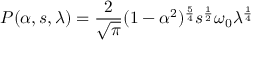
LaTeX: P ( \alpha , s , \lambda ) = \frac { 2 } { \sqrt \pi } ( 1 - \alpha ^ { 2 } ) ^ { \frac { 5 } { 4 } } s ^ { \frac { 1 } { 2 } } \omega _ { 0 } \lambda ^ { \frac { 1 } { 4 } }